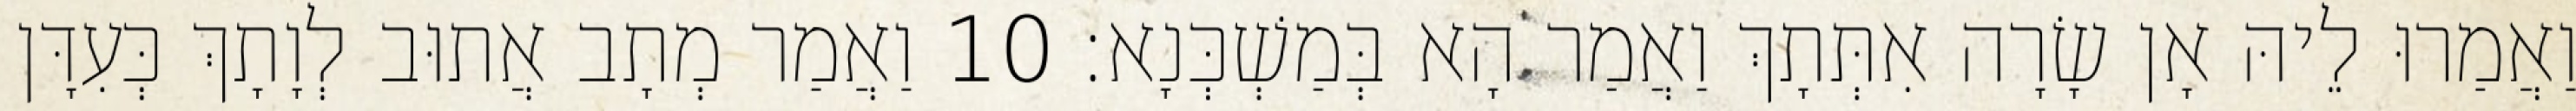
וַאֲמַרוּ לֵיהּ אָן שָׂרָה אִתְּתָךְ וַאֲמַר הָא בְּמַשְׁכְּנָא׃ 10 וַאֲמַר מְתָב אֲתוּב לְוָתָךְ כְּעִדָּן